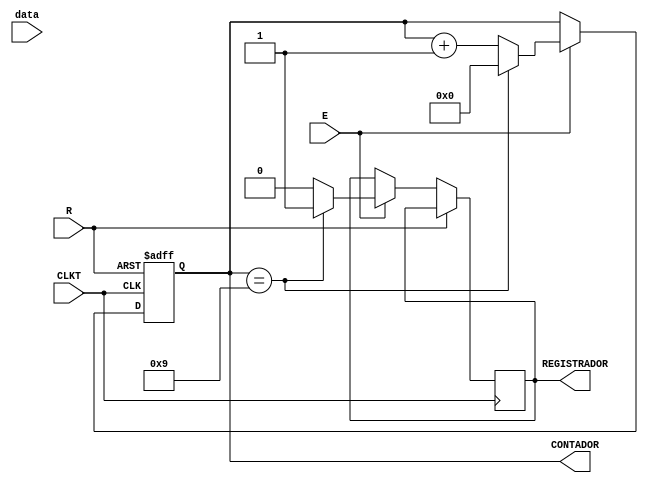
module counterGENERAL
# (parameter SIZE = 4)
(
  CLKT,
  R,
  E,
  CONTADOR,
REGISTRADOR,
data
);


input wire CLKT, R, E, data;

output reg [SIZE-1:0] CONTADOR;
output reg REGISTRADOR;

always @(posedge CLKT or posedge R) 
begin
  if(R==1'b1) CONTADOR <= 4'b0000;
  else 
  begin
    if ( E == 1'b1) begin
    if (CONTADOR == 4'b1001) 
      begin
       CONTADOR <= 4'b0000;
       REGISTRADOR <= 1'b1;
      end
    else begin
      CONTADOR <=  CONTADOR + 1'b1;
    REGISTRADOR <= 1'b0;
      end
    end
  end
end


endmodule